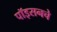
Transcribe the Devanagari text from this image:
पॉइसनचे